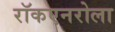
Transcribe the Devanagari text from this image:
रॉकएनरोला